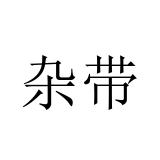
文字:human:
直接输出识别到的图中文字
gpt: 杂带